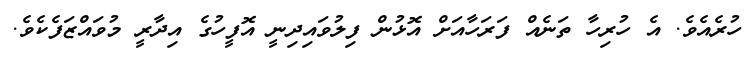
ހުރެއެވެ. އެ ހުރިހާ ތަނެއް ފަރަހާއަށް އޮޅުން ފިލުވައިދިނީ އޮފީހުގެ އިދާރީ މުވައްޒަފެކެވެ.